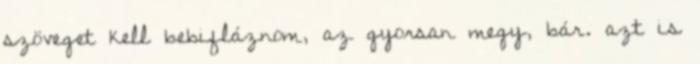
szöveget kell bebifláznom, az gyorsan megy, bár. azt is